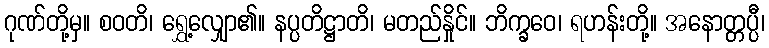
ဂုဏ်တို့မှ။ စဝတိ၊ ရွှေ့လျှော၏။ နပ္ပတိဋ္ဌာတိ၊ မတည်နှိုင်။ ဘိက္ခဝေ၊ ရဟန်းတို့။ အနောတ္တပ္ပီ၊